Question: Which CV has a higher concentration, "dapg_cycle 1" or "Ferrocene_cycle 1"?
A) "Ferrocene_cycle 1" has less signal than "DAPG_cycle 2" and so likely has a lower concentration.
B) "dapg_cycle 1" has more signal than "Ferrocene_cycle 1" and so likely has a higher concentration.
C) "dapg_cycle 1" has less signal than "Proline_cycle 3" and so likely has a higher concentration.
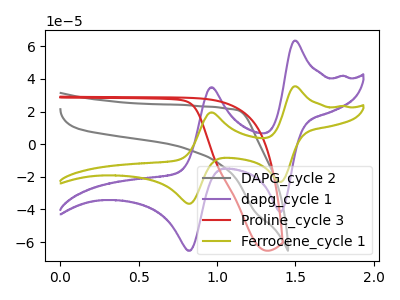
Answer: <think>The gray curve "DAPG_cycle 2" has no peaks. The purple curve "dapg_cycle 1" has anodic peaks at (1.50V, 63.40uA) (0.95V, 34.85uA) and cathodic peaks at (1.40V, -41.50uA) (0.85V, -65.30uA). The red curve "Proline_cycle 3" has no peaks. The olive curve "Ferrocene_cycle 1" has anodic peaks at (1.50V, 35.45uA) (0.95V, 19.50uA) and cathodic peaks at (1.40V, -23.20uA) (0.85V, -36.50uA).
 All the peaks in "dapg_cycle 1" have a peak in "Ferrocene_cycle 1" at the same potential. Every peak in "dapg_cycle 1" is higher than every peak in "Ferrocene_cycle 1".</think>
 <answer>B) "dapg_cycle 1" has more signal than "Ferrocene_cycle 1" and so likely has a higher concentration.</answer>
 <eval>B</eval>